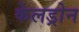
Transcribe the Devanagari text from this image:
केलड्रोन